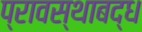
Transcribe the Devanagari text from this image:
प्रावस्थाबद्ध